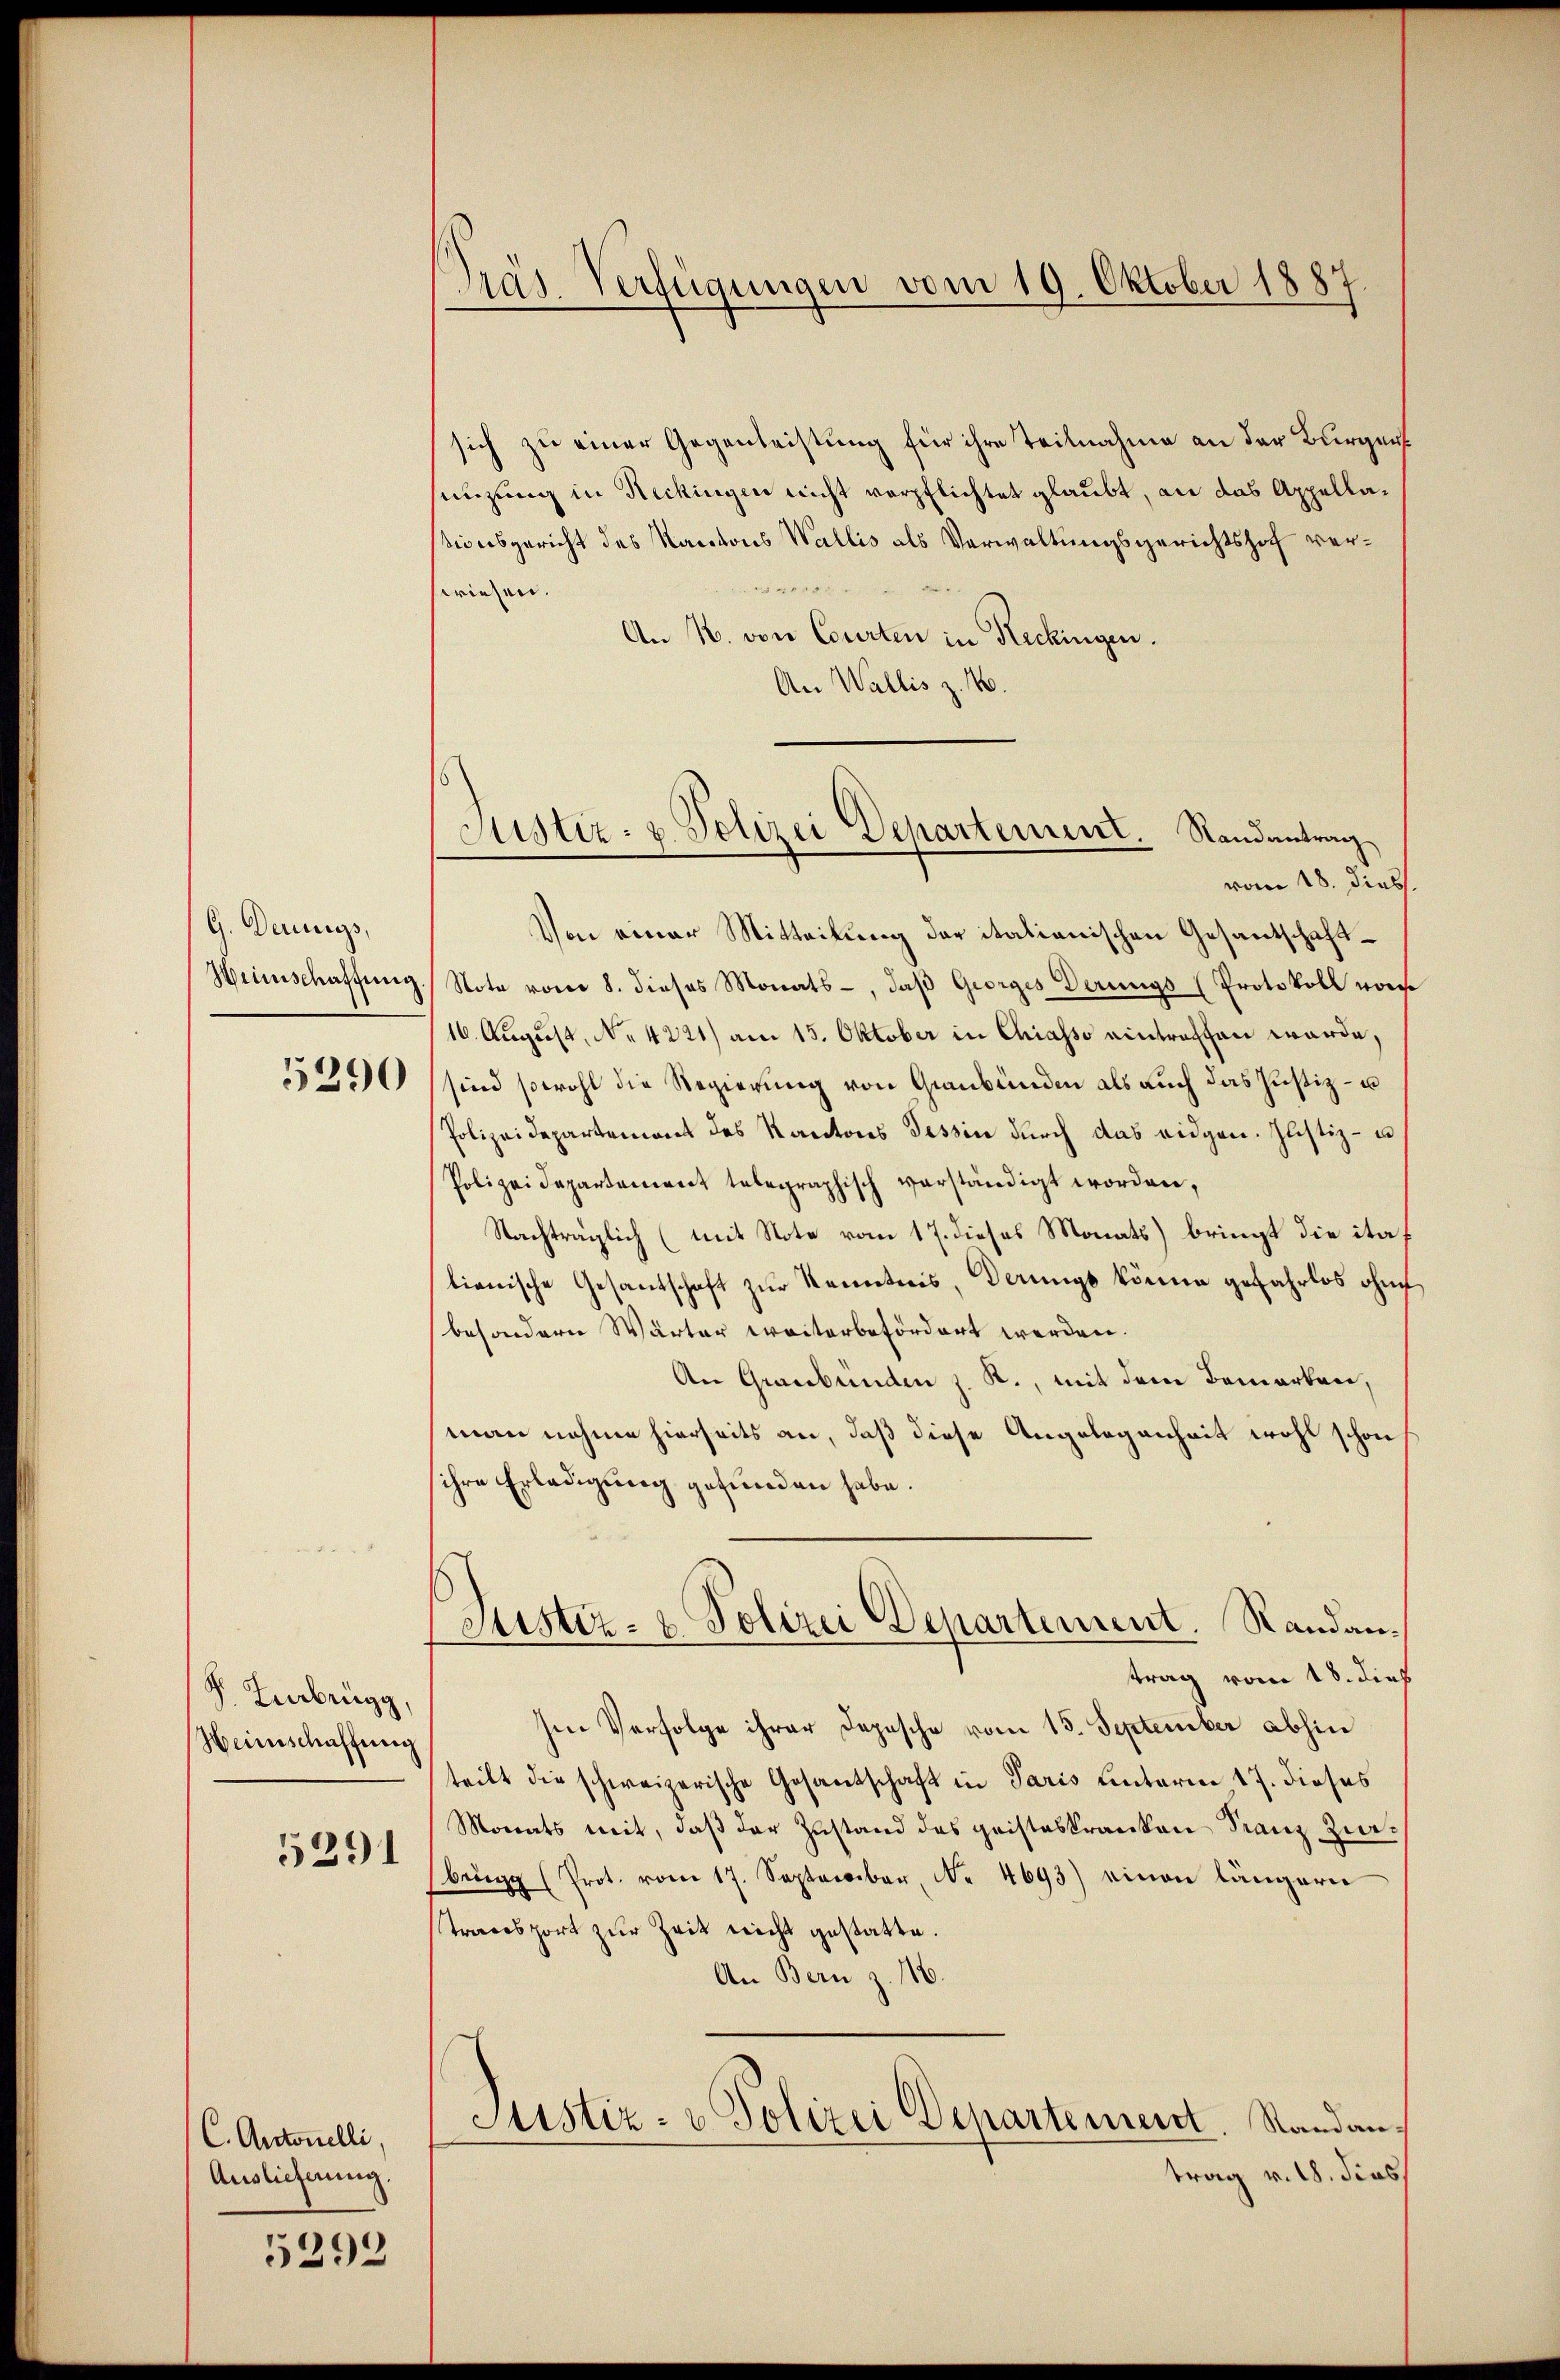
G. Dennigs,
Heinschaffung

5290

P. Februgg,
Heinschaffung

5291

C. Antonelli,
Auslieferung.

5292

Pras. Verfügungen vom 19. Oktober 1887.

sich zu einer Gegenleistung für ihre Teilnahme an der Bürgers
senzung in Rickingen nicht verpflichtet glaubt, an das Appellationsgericht des Kantons Wallis als Verwaltungsgerichtshof vere
wiesen.
An N. von Courten in Reckingen.
An Wallis z. B.
Von einer Mitteilung der italienischen Gesantschaft¬
Note vom 8. dieses Monats-, daβ Georges derungs (Protokoll vor
16. August, No 4221) am 15. Oktober in Chiasso eintreffen werde,
sind sowohl die Regierung von Graubünden als auch das Justiz- u
Polizeidepartement des Kantons Tessin durch das eidgen. Justiz- u
Polizeidepartement telegraphisch verständigt worden,
Nachträglich (mit Note vom 17. dieses Monats) bringt die italienische Gesantschaft zur Remetris, derungs könne gefahrlos ohne
besondern Wärter weiterbefördert werden.
An Graubünden J. R., mit dem Bemerken,
man nahme hierseits an, daß diese Angelegenheit wohl schon
ihre Erledigung gefunden habe.
Justiz- & Polizei Departement. Randantrag vom 18. dieß
Im Verfolge ihrer Depesche vom 15. September abhin
teilt die schweizerische Gesantschaft in Paris unterm 17. dieses
Monats mit, daß der Zustand des geisteskranken Franz Zibŭng (Prot. vom 17. September, Nr. 4693) einen längere
Transport zur Zeit nicht gestatte.
An Bern z. 116.
Justiz- & Polizei Departement. Standantrag v. 18. dies

Justiz- & Polizei Departement. Randantrag
vom 18. Diess.